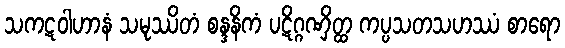
သကဋဝါဟာနံ သမုဿိတံ စန္ဒနိကံ ပဋိဂ္ဂဏှိတ္ထ ကပ္ပသတသဟဿံ စာရော